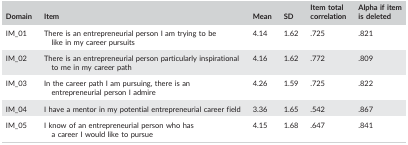
<table><thead><tr><td><b>Domain</b></td><td><b>Item</b></td><td><b>Mean</b></td><td><b>SD</b></td><td><b>Item total correlation</b></td><td><b>Alpha if item is deleted</b></td></tr></thead><tbody><tr><td>IM_01</td><td>There is an entrepreneurial person I am trying to be like in my career pursuits</td><td>4.14</td><td>1.62</td><td>.725</td><td>.821</td></tr><tr><td>IM_02</td><td>There is an entrepreneurial person particularly inspirational to me in my career path</td><td>4.16</td><td>1.62</td><td>.772</td><td>.809</td></tr><tr><td>IM_03</td><td>In the career path I am pursuing, there is an entrepreneurial person I admire</td><td>4.26</td><td>1.59</td><td>.725</td><td>.822</td></tr><tr><td>IM_04</td><td>I have a mentor in my potential entrepreneurial career field</td><td>3.36</td><td>1.65</td><td>.542</td><td>.867</td></tr><tr><td>IM_05</td><td>I know of an entrepreneurial person who has a career I would like to pursue</td><td>4.15</td><td>1.68</td><td>.647</td><td>.841</td></tr></tbody></table>